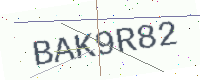
Text: BAK9R82